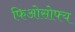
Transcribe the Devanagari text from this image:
फिओसोफ्य